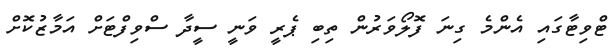
ޓްވިޓާގައި އެންމެ ގިނަ ފޮލޯވަރުން ތިބި ޕެރީ ވަނީ ސީދާ ސްވިފްޓަށް އަމާޒުކޮށް